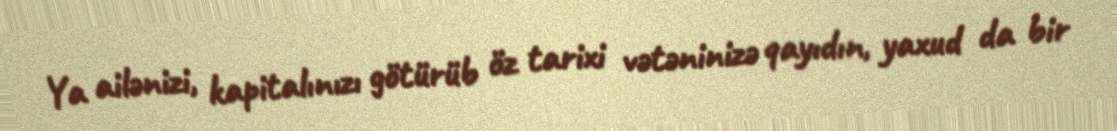
Ya ailənizi, kapitalınızı götürüb öz tarixi vətəninizə qayıdın, yaxud da bir